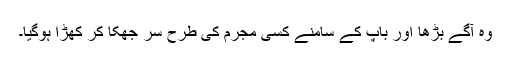
وہ آگے بڑھا اور باپ کے سامنے کسی مجرم کی طرح سر جھکا کر کھڑا ہوگیا۔